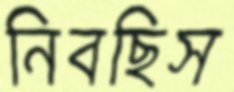
নিবছিস